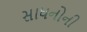
સાધનોની